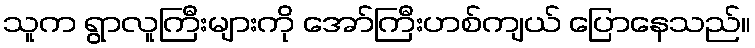
သူက ရွာလူကြီးများကို အော်ကြီးဟစ်ကျယ် ပြောနေသည်။